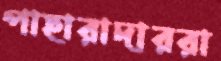
পাহারাদাররা